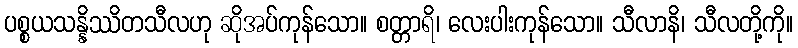
ပစ္စယသန္နိဿိတသီလဟု ဆိုအပ်ကုန်သော။ စတ္တာရိ၊ လေးပါးကုန်သော။ သီလာနိ၊ သီလတို့ကို။